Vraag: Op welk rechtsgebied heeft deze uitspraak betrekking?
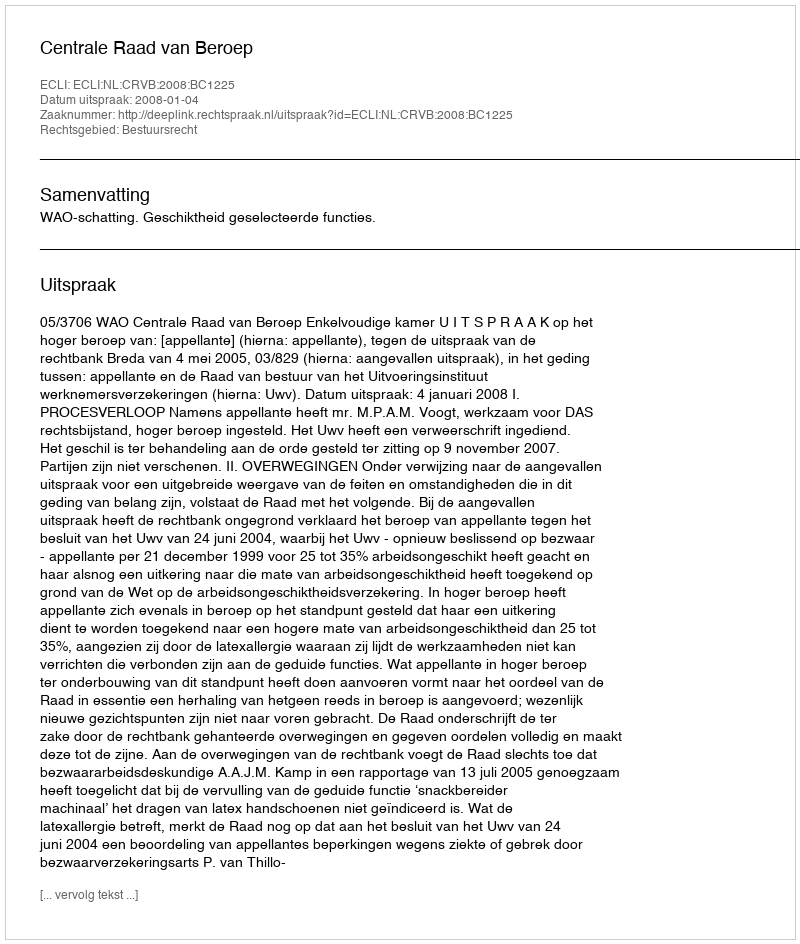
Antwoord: Bestuursrecht